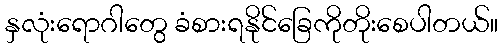
နှလုံးရောဂါတွေ ခံစားရနိုင်ခြေကိုတိုးစေပါတယ်။